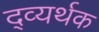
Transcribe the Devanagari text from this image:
द्व्यर्थक